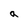
Character: a